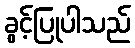
ခွင့်ပြုပါသည်